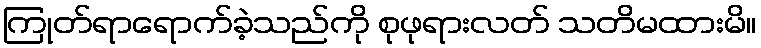
ကြုတ်ရာရောက်ခဲ့သည်ကို စုဖုရားလတ် သတိမထားမိ။